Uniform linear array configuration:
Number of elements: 8
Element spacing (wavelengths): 0.5
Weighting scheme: binomial
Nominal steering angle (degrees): -60
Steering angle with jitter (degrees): -61.96
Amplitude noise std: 0.05
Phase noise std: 0.05

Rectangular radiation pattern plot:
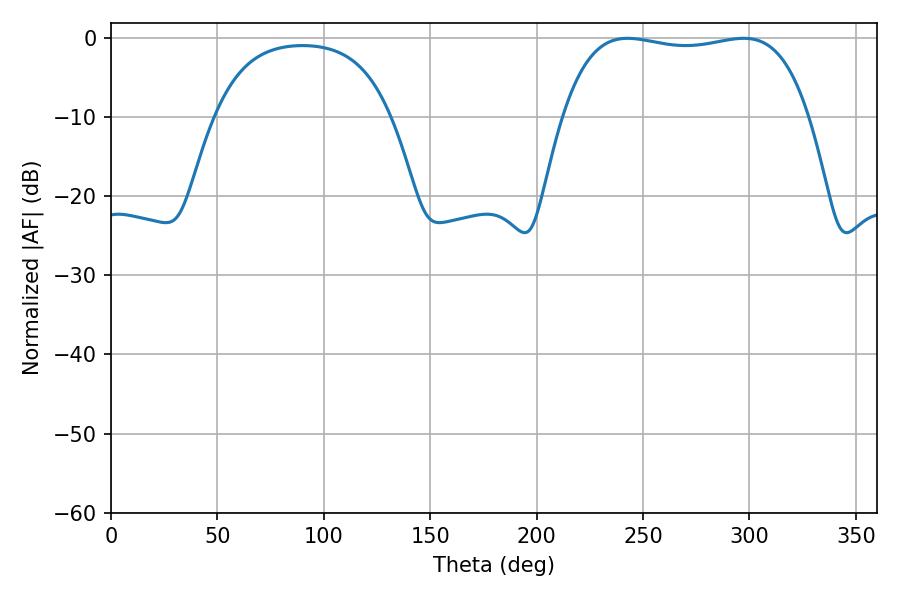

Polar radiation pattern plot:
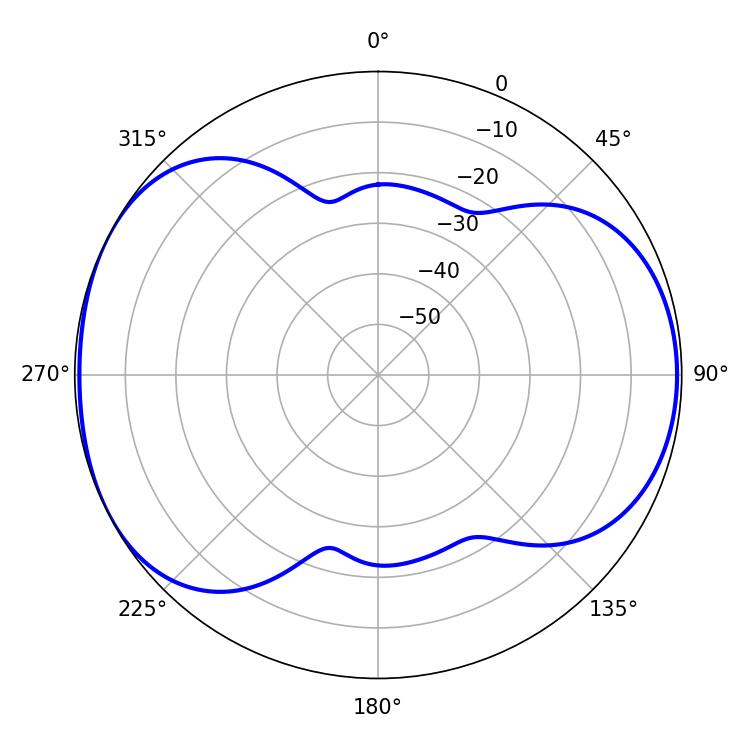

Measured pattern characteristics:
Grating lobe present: FALSE
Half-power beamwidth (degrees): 92.52
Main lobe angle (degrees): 242.64